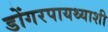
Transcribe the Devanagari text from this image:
डोंगरपायथ्याशी